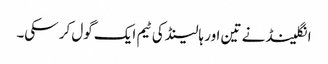
انگلینڈ نے تین اور ہالینڈ کی ٹیم ایک گول کر سکی۔